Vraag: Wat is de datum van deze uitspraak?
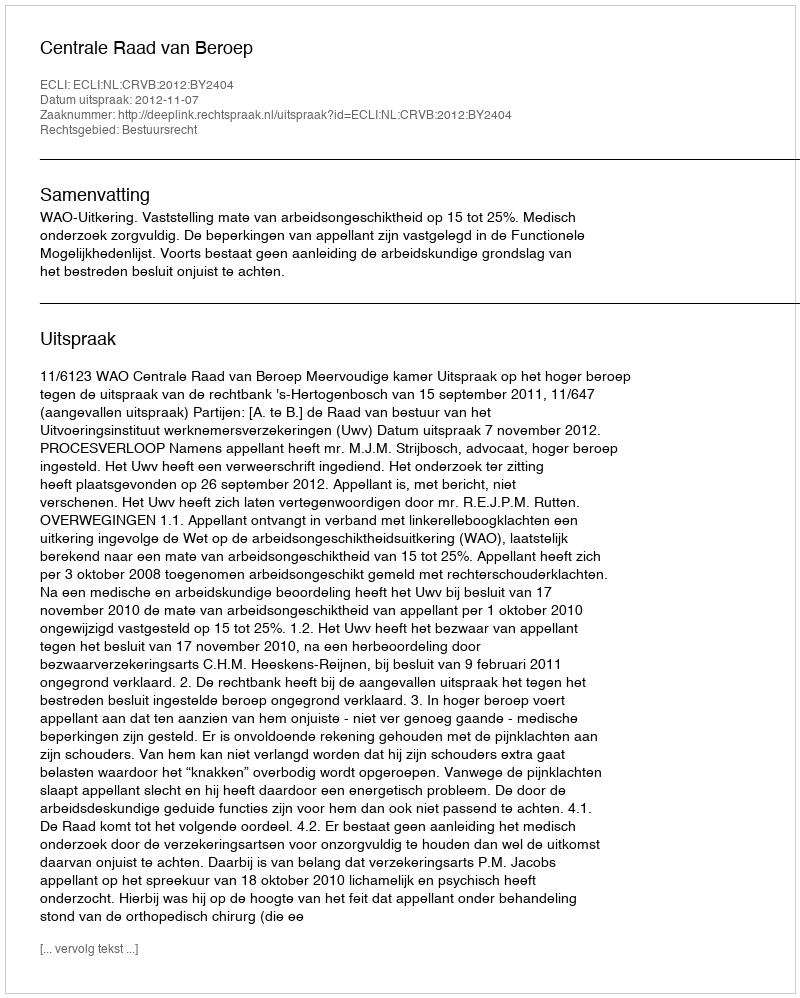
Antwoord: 2012-11-07